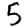
Digit: 5